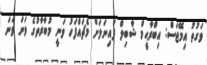
ވަގުތު އިމޭޖަސް: އިބްރާޙީމް ޝާބިލް ފައިނަލަށް މެޗައްފަހު ވަނީ މުބާރާތުގެ ވަނަ ވަނަ